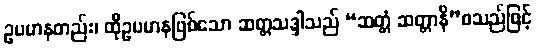
ဥပမာနတည်း၊ ထိုဥပမာနဖြစ်သော ဆတ္တသဒ္ဒါသည် “ဆတ္တံ ဆတ္တာနိ”စသည်ဖြင့်